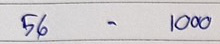
56 - 1000